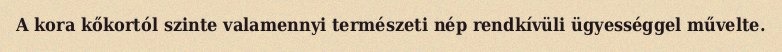
A kora kőkortól szinte valamennyi természeti nép rendkívüli ügyességgel művelte.